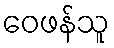
ဝေဖန်သူ